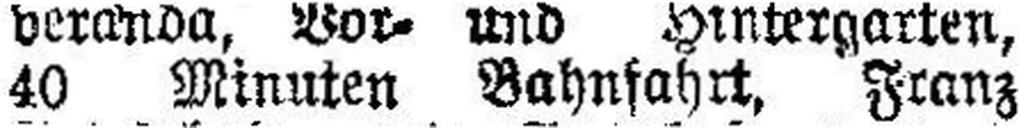
40 Minuten Bahnfahrt, Franz